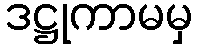
ဒဋ္ဌုကာမမှ